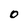
Character: 0